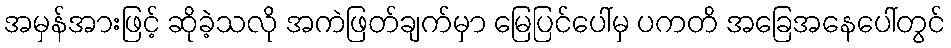
အမှန်အားဖြင့် ဆိုခဲ့သလို အကဲဖြတ်ချက်မှာ မြေပြင်ပေါ်မှ ပကတိ အခြေအနေပေါ်တွင်